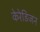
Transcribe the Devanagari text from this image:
केरेडिजन